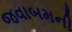
જવાબમની